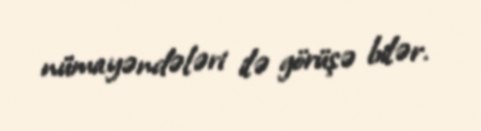
nümayəndələri ilə görüşə bilər.